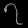
Digit: ၇